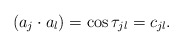
\begin{align*}(a_j \cdot a_l) = \cos\tau_{jl} = c_{jl}.\end{align*}